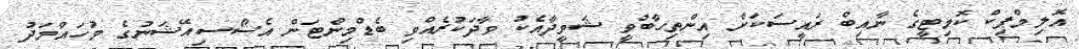
އޮލިމްޕިކް ކޮމިޓީގެ ނާއިބް ރައީސަކަށް އިންތިހާބުވީ ޝަވީދާއެކު ވާދަކުރެއްވި ބެޑްމިންޓަން އެސޯސިއޭޝަނުގެ މުހައްމަދު